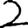
Digit: 2